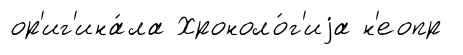
ор'иг'ина́ла Хроноло́г'иjа н'еопр